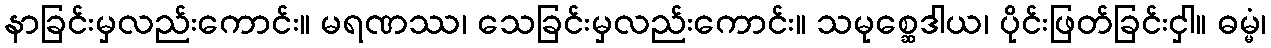
နာခြင်းမှလည်းကောင်း။ မရဏဿ၊ သေခြင်းမှလည်းကောင်း။ သမုစ္ဆေဒါယ၊ ပိုင်းဖြတ်ခြင်းငှါ။ ဓမ္မံ၊